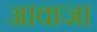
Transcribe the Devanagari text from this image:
आवाजा